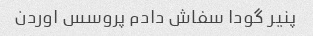
پنیر گودا سفاش دادم پروسس اوردن